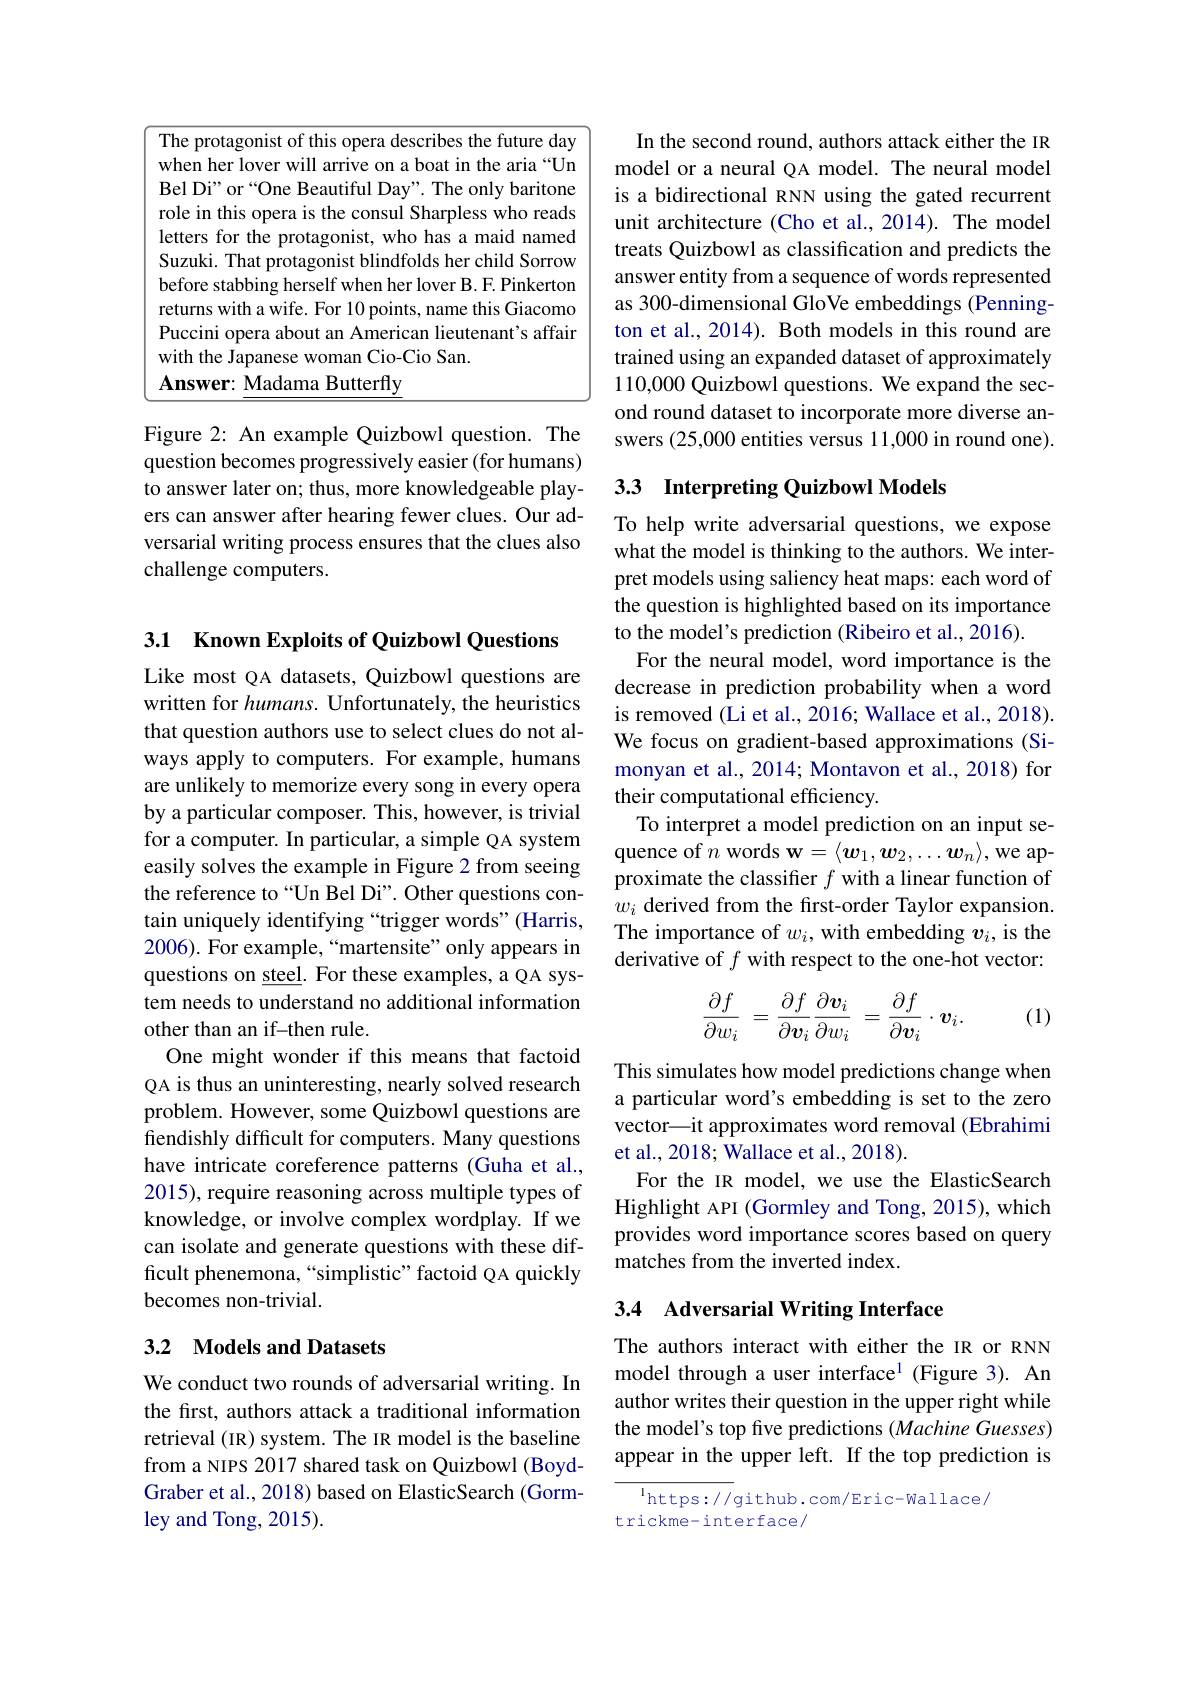
<table>
	<tbody>
		<tr>
			<td>1 1 $Y$</td>
			<td>h the Japanese woman Cio-Cio San.</td>
		</tr>
		<tr>
			<td>$f$</td>
			<td>swer: Madama Butterfly</td>
		</tr>
	</tbody>
</table>

Figure 2: An example Quizbowl question. The question becomes progressively easier (for humans) to answer later on; thus, more knowledgeable players can answer after hearing fewer clues. Our adversarial writing process ensures that the clues also challenge computers.

3.1 Known Exploits of Quizbowl Questions
Like most QA datasets, Quizbowl questions are written for humans. Unfortunately, the heuristics that question authors use to select clues do not always apply to computers. For example, humans are unlikely to memorize every song in every opera by a particular composer. This, however, is trivial for a computer. In particular, a simple QA system easily solves the example in Figure 2 from seeing the reference to“Un Bel Di”. Other questions contain uniquely identifying “trigger words”(Harris, 2006). For example,“martensite”only appears in questions on steel. For these examples, a QA system needs to understand no additional information other than an if-then rule.
One might wonder if this means that factoid QA is thus an uninteresting, nearly solved research problem. However, some Quizbowl questions are fendishly difficult for computers. Many questions have intricate coreference patterns (Guha et al., 2015), require reasoning across multiple types of knowledge, or involve complex wordplay. If we can isolate and generate questions with these difficult phenemona, “simplistic”factoid QA quickly becomes non-trivial.

## 3.2 Models and Datasets

We conduct two rounds of adversarial writing. In the first, authors attack a traditional information retrieval (IR) system. The IR model is the baseline from a NIPS 2017 shared task on Quizbowl (BoydGraber et al., 2018) based on ElasticSearch (Gormley and Tong, 2015).

In the second round, authors attack either the IR model or a neural QA model. The neural model is a bidirectional RNN using the gated recurrent unit architecture (Cho et al.,2014). The model treats Quizbowl as classification and predicts the answer entity from a sequence of words represented as 300-dimensional GloVe embeddings (Pennington et al., 2014). Both models in this round are trained using an expanded dataset of approximately 110,000 Quizbowl questions. We expand the second round dataset to incorporate more diverse answers (25,000 entities versus 11,000 in round one).

## 3.3 Interpreting Quizbowl Models

To help write adversarial questions, we expose what the model is thinking to the authors. We interpret models using saliency heat maps: each word of the question is highlighted based on its importance to the model's prediction (Ribeiro et al., 2016).
For the neural model, word importance is the decrease in prediction probability when a word is removed (Li et al., 2016; Wallace et al., 2018). We focus on gradient-based approximations (Simonyan et al., 2014; Montavon et al., 2018) for their computational efficiency.
To interpret a model prediction on an input sequence of $n$ words w$=\langle\boldsymbol w_1,\boldsymbol w_2,\ldots\boldsymbol w_n\rangle$,we approximate the classifier $f$ with a linear function of $w_i$ derived from the first-order Taylor expansion. The importance of $w_i$, with embedding $v_i$, is the derivative of $f$ with respect to the one-hot vector:
$$\frac{\partial f}{\partial w_i}\:=\frac{\partial f}{\partial\boldsymbol{v}_i}\frac{\partial\boldsymbol{v}_i}{\partial w_i}\:=\frac{\partial f}{\partial\boldsymbol{v}_i}\cdot\boldsymbol{v}_i.$$
(1)

This simulates how model predictions change when a particular word's embedding is set to the zero vector\_it approximates word removal (Ebrahimi et al., 2018; Wallace et al., 2018).
For the IR model, we use the ElasticSearch Highlight API (Gormley and Tong, 2015), which provides word importance scores based on query matches from the inverted index.

## 3.4 Adversarial Writing Interface

The authors interact with either the IR or RNN model through a user interface$^1$ (Figure 3). An author writes their question in the upper right while the model's top five predictions (Machine Guesses) appear in the upper left. If the top prediction is

$^{\mathrm{l} }$https: / / github. com/ Eric- Wallace/
trickme-interface/